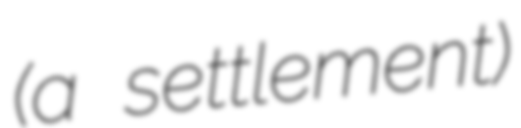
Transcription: (a settlement)